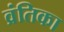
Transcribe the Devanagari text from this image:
व्रंतिका